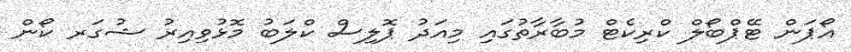
އޯޕަން ޓޭޕްބޯލް ކްރިކެޓް މުބާރާތުގައި މިއަދު ޕޮލިސް ކްލަބު މޮޅުވިއިރު ޝުގަރ ކޯން